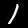
Label: 1